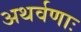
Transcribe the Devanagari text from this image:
अथर्वणाः